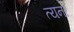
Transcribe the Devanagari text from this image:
त्यना